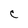
Character: C